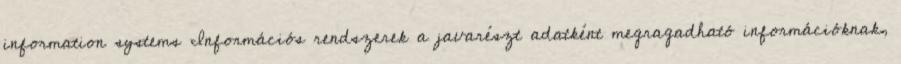
information systems Információs rendszerek a javarészt adatként megragadható információknak,